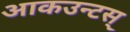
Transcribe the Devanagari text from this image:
आकउन्टस्